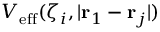
V _ { \mathrm { e f f } } ( \zeta _ { i } , | \mathbf { r } _ { 1 } - \mathbf { r } _ { j } | )